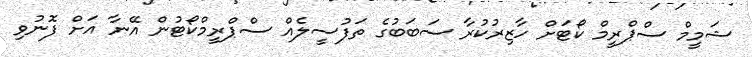
ޝަމީމް ސްޕްރީމް ކޯޓަށް ހާޒިރުކުރާ ސަބަބުގެ ތަފުސީލެއް ސްޕްރީމްކޯޓުން އޭނާ އަށް ފޮނުވި